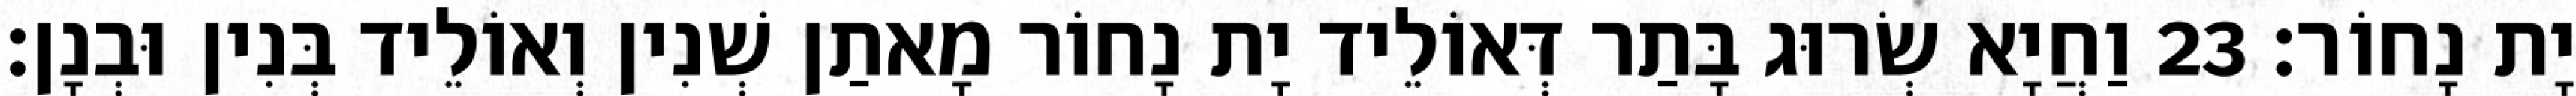
יָת נָחוֹר׃ 23 וַחֲיָא שְׂרוּג בָּתַר דְּאוֹלֵיד יָת נָחוֹר מָאתַן שְׁנִין וְאוֹלֵיד בְּנִין וּבְנָן׃